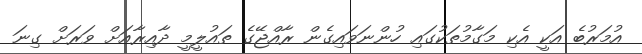
އުމަރުބެ އަކީ އެކި މަގާމުތަކުގައި ހުންނަވައިގެން ރާއްޖޭގެ ތައުލީމީ ދާއިރާއަށް ވަރަށް ގިނަ